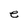
Character: e